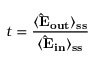
t = \frac { \langle \bf { \hat { E } } _ { o u t } \rangle _ { s s } } { \langle \bf \bf { \hat { E } } _ { i n } \rangle _ { s s } }